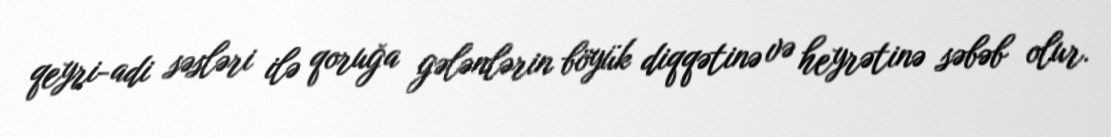
qeyri-adi səsləri ilə qoruğa gələnlərin böyük diqqətinə və heyrətinə səbəb olur.